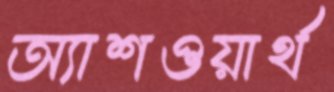
অ্যাশওয়ার্থ